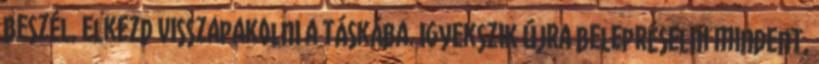
beszél, elkezd visszapakolni a táskába. Igyekszik újra belepréselni mindent,